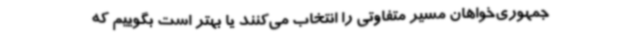
جمهوری‌خواهان مسیر متفاوتی را انتخاب می‌کنند یا بهتر است بگوییم که